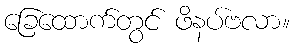
ခြေထောက်တွင် ဖိနပ်ဗလာ။